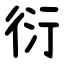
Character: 衍